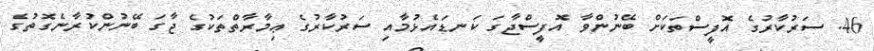
46. ސަރުކާރުގެ އޮފީސްތަކަށް ބޭނުންވާ އޮފީސްޖާގަ ކަނޑައެޅުމާއި ސަރުކާރުގެ ޢިމާރާތްތަކުގެ ޖާގަ ބޭނުންކުރާނެގޮތުގެ